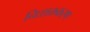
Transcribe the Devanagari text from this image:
निःशक्तकरण